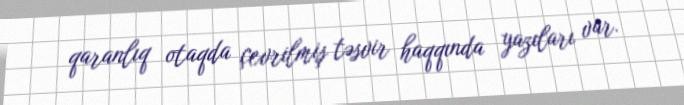
qaranlıq otaqda çevrilmiş təsvir haqqında yazıları var.